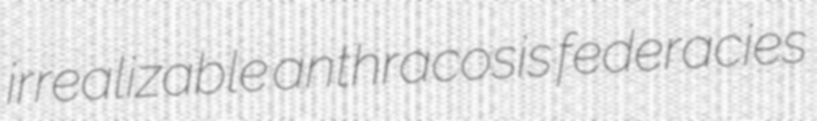
irrealizable anthracosis federacies